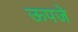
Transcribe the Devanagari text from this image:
ऊपजे